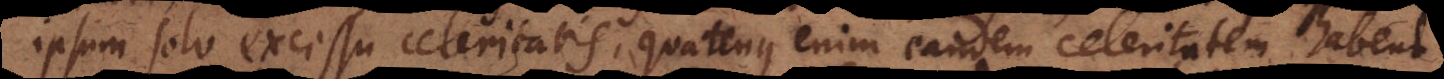
ipsum solo excessu celeritatis, quatenus enim eandem celeritatem habent